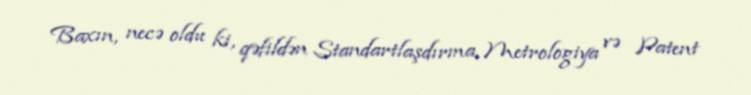
Baxın, necə oldu ki, qəfildən Standartlaşdırma, Metrologiya və Patent